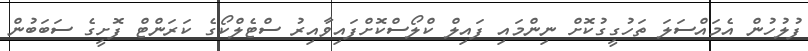
ފުލުހުން އެމައްސަލަ ތަހުގީގުކޮށް ނިންމައި ފައިލް ކްލޯސްކޮށްފައިވާއިރު ސްޓެލްކޯގެ ކަރަންޓް ފޮށީގެ ސަބަބުން